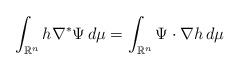
LaTeX: \begin{align*} \int_{\mathbb{R}^n} h\nabla^*\Psi\,d\mu = \int_{\mathbb{R}^n} \Psi\cdot \nabla h\, d\mu\, \end{align*}